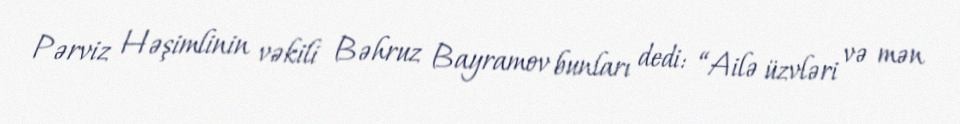
Pərviz Həşimlinin vəkili Bəhruz Bayramov bunları dedi: “Ailə üzvləri və mən